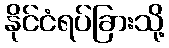
နိုင်ငံရပ်ခြားသို့